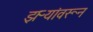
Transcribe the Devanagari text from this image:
झऱ्यांवरून